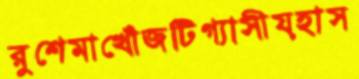
রুশেমাখোঁজটিগ্যাসীয়হাস